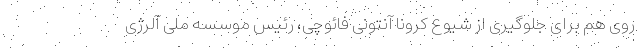
روی هم برای جلوگیری از شیوع کرونا آنتونی فائوچی، رئیس موسسه ملی آلرژی